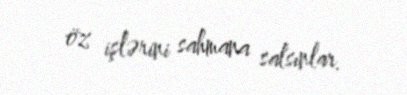
öz işlərini sahmana salsınlar.